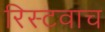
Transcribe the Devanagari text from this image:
रिस्टवाच